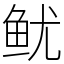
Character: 鱿